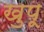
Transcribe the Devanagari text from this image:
खुपू